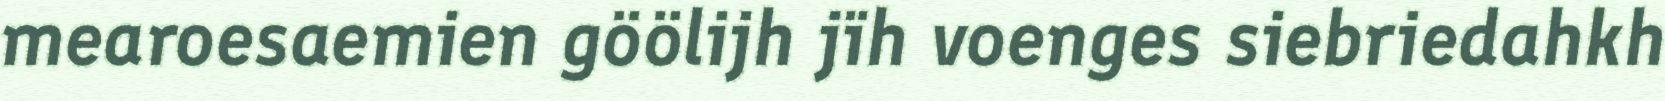
mearoesaemien göölijh jïh voenges siebriedahkh